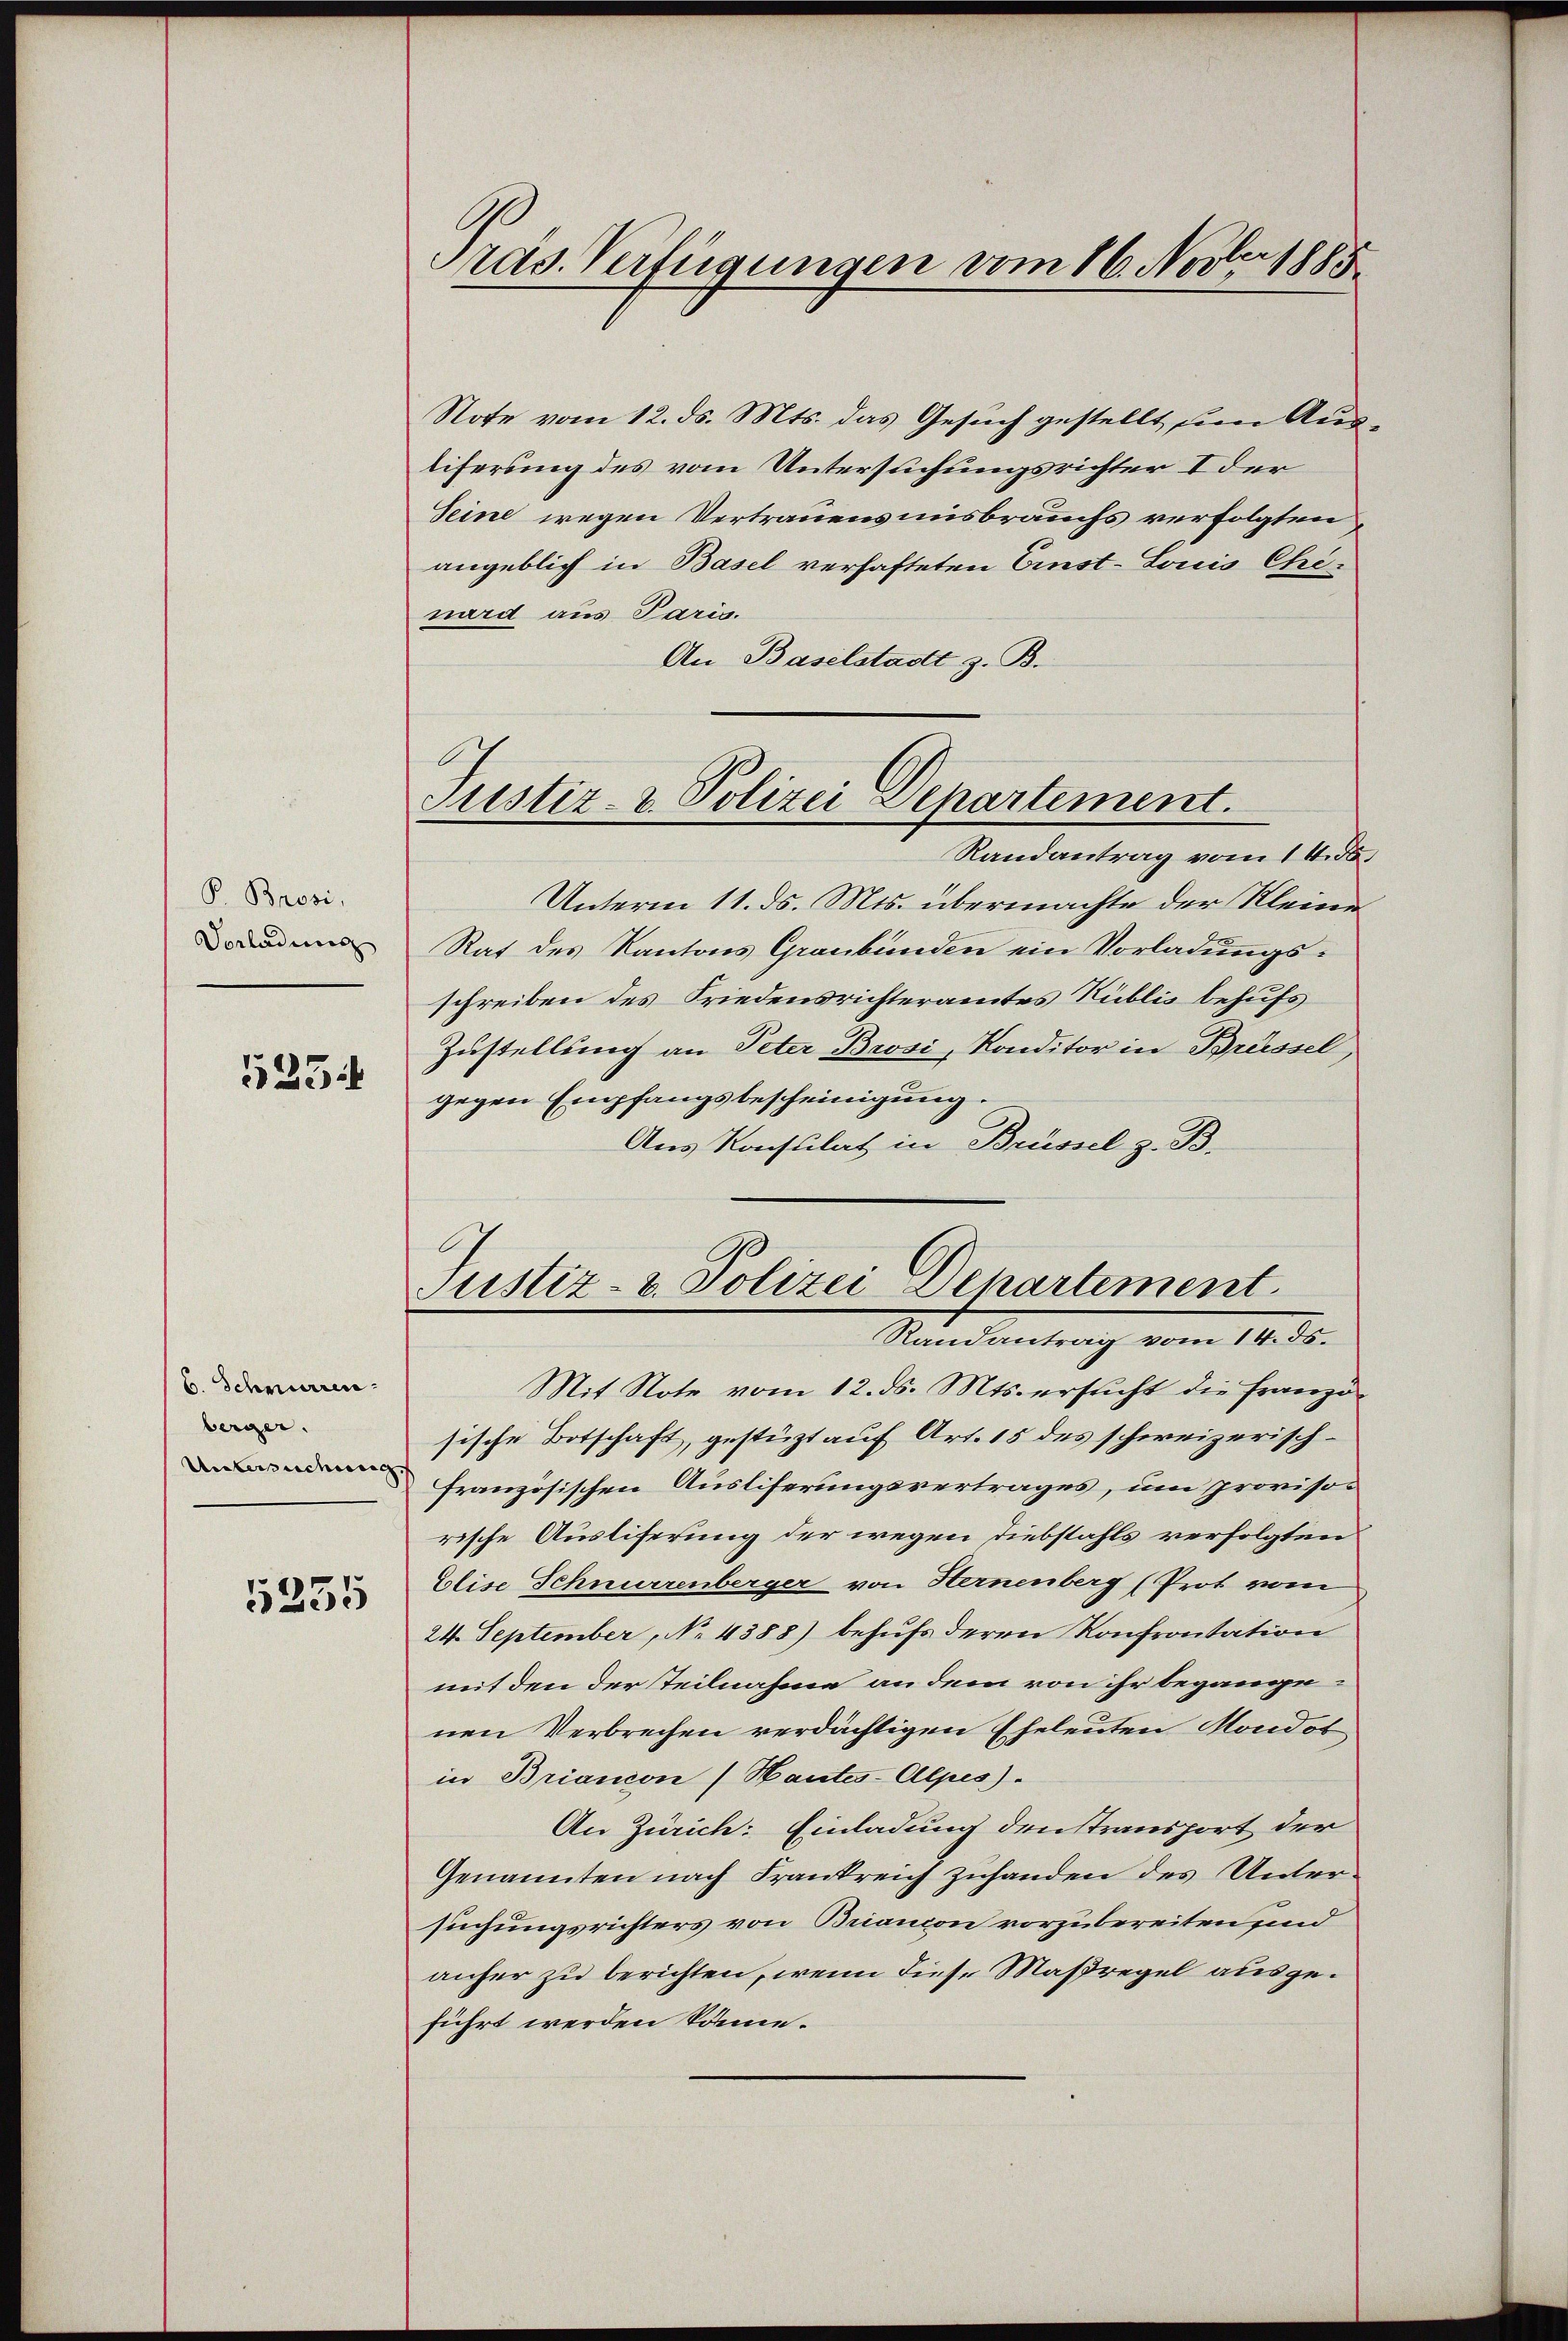
P. Brosi,
Vorladung

5234

6. Schnurren
berger.
Unwendung

5335

Präs. Verfügungen vom 16. Novber 1885.

Note vom 12. ds. Mts. das Gesuch gestellt um Ausliferung des vom Untersuchungsrichter I der
Seine wegen Vertrauensmisbrauchs verfolgten
angeblich in Basel verhafteten Einst-Louis Chrinard aus Paris.
An Baselstadt z. B.
Randantrag vom 16. ds.
Unterm 11. ds. Mts. übermachte der Kleine
Rat des Kantons Graubünden ein Vorladungsschreiben des Friedensrichteramtes Kublis behufs
Zustellung an Peter Brosi, Konditor in Brüssel
gegen Empfangsbescheinigung.
Aus Konsulat in Brüssel z. B.

Justiz- & Polizei Departement.

Justiz- & Polizei Departement
Randantrag vom 14. ds.

Mit Note vom 12. ds. Mts. ersucht die Franzö-
sische Botschaft, gestüzt auf Art. 15 des schweizerischfranzösischen Ausliferungsvertrages, um provisorische Ausliferung der wegen Diebstahls verfolgten
Elise Schnurrenberger von Hernenberg (Prot vom
24. September, No 4388) behufs deren Konfrontation
mit den der Teilnahme an dem von ihr begangenen Verbrechen verdächtigen Eheleuten Moudot
in Briancon (Hautes-Alpes).
An Zürich: Einladung denstransport der
Genannten nach Frankreich Zuhanden des Untersuchungsrichters von Briancon vorzubereiten sind
anher zu berichten, wenn diese Maßregel ausgeführt werden könne.